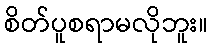
စိတ်ပူစရာမလိုဘူး။